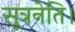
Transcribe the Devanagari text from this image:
सूत्रनेति।